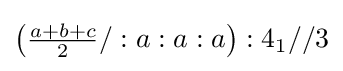
\left({\tfrac {a+b+c}{2}}/:a:a:a\right):4_{1}//3